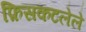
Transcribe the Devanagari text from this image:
फ़िसकटलेले